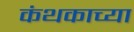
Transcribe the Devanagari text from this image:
कंथकाच्या